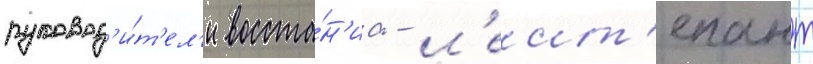
руковод'и́т'ел'и восста́н'иа - л'еит'енант